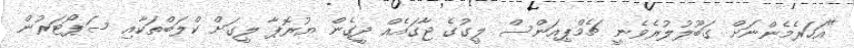
"އަހަރެމެންނަށް ގަބޫލުލުރެވެނީ ޗެމްޕިއަންސް ލީގުގެ ޖާގައެއް ދީގެން ޔުރޮޕާ ލީގަށް ކްލަބްތަކާއި ސަޕޯޓަރުން